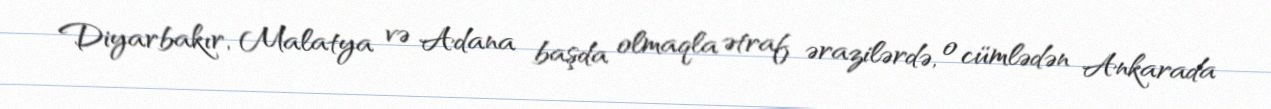
Diyarbakır, Malatya və Adana başda olmaqla ətraf ərazilərdə, o cümlədən Ankarada